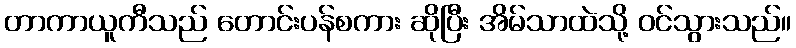
တာကာယူကီသည် တောင်းပန်စကား ဆိုပြီး အိမ်သာထဲသို့ ဝင်သွားသည်။